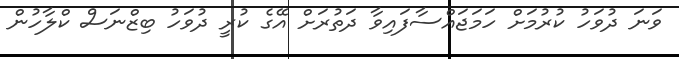
ވަނަ ދުވަހު ކުރުމަށް ހަމަޖައްސާފައިވާ ދަތުރަށް އޭގެ ކުރީ ދުވަހު ބިޒްނަސް ކްލާހުން